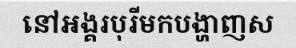
នៅអង្គរបុរីមកបង្ហាញស